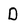
Character: D